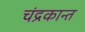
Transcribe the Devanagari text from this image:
चंद्रकान्त